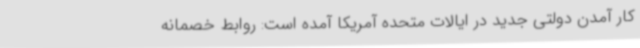
کار آمدن دولتی جدید در ایالات متحده آمریکا آمده است: روابط خصمانه